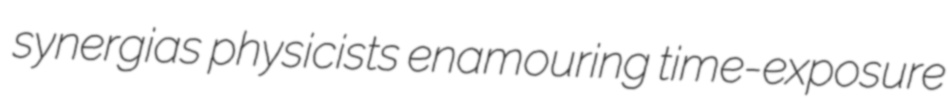
synergias physicists enamouring time-exposure